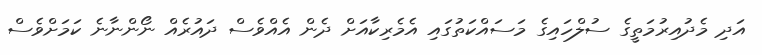
އަދި މެދުއިރުމަތީގެ ސުލްހައިގެ މަސައްކަތުގައި އެމެރިކާއަށް ދެން އެއްވެސް ދައުރެއް ނޯންނާނެ ކަމަށްވެސް